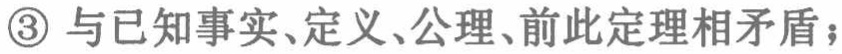
\textcircled{3} 与已知事实、定义、公理、前此定理相矛盾；